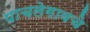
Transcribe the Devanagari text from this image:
पाचलेगावचे